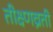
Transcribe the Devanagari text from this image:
तीक्ष्णव्रती